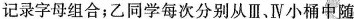
记录字母组合；乙同学每次分别从Ⅲ、Ⅳ小桶中随